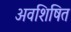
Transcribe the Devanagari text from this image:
अवशिषित